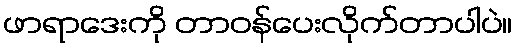
ဖာရာဒေးကို တာဝန်ပေးလိုက်တာပါပဲ။